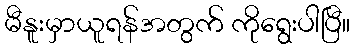
မီနူးမှာယူရန်အတွက် ကိုရွေးပါပြီ။